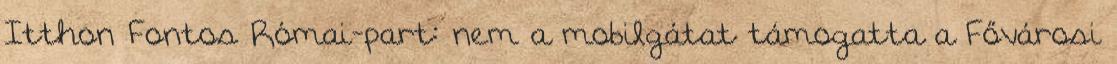
Itthon Fontos Római-part: nem a mobilgátat támogatta a Fővárosi